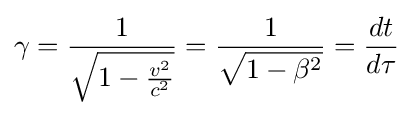
\gamma ={\frac {1}{\sqrt {1-{\frac {v^{2}}{c^{2}}}}}}={\frac {1}{\sqrt {1-\beta ^{2}}}}={\frac {dt}{d\tau }}